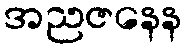
အညဇနေန